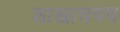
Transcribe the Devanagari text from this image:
शाखावयव